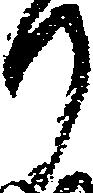
り